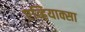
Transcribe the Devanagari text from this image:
एव्हियाक्सा